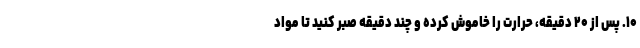
۱۰. پس از ۲۰ دقیقه، حرارت را خاموش کرده و چند دقیقه صبر کنید تا مواد